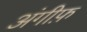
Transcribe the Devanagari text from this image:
अंगीफ़